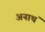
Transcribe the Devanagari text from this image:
अनाथं